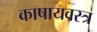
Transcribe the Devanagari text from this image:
काषायवस्त्र